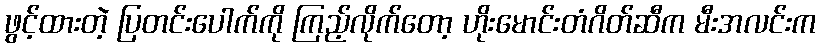
ဖွင့်ထားတဲ့ ပြတင်းပေါက်ကို ကြည့်လိုက်တော့ ဟိုးမောင်းတံဂိတ်ဆီက မီးအလင်းက